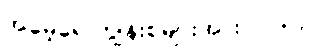
အမေ့ရေ ကျွန်းစုများအား ၁၀+၁